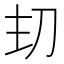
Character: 𭃌